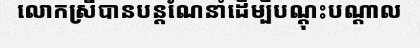
លោកស្រីបានបន្តណែនាំដើម្បីបណ្តុះបណ្តាល